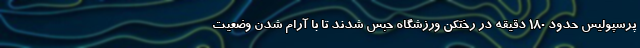
پرسپولیس حدود 180 دقیقه در رختکن ورزشگاه حبس شدند تا با آرام شدن وضعیت